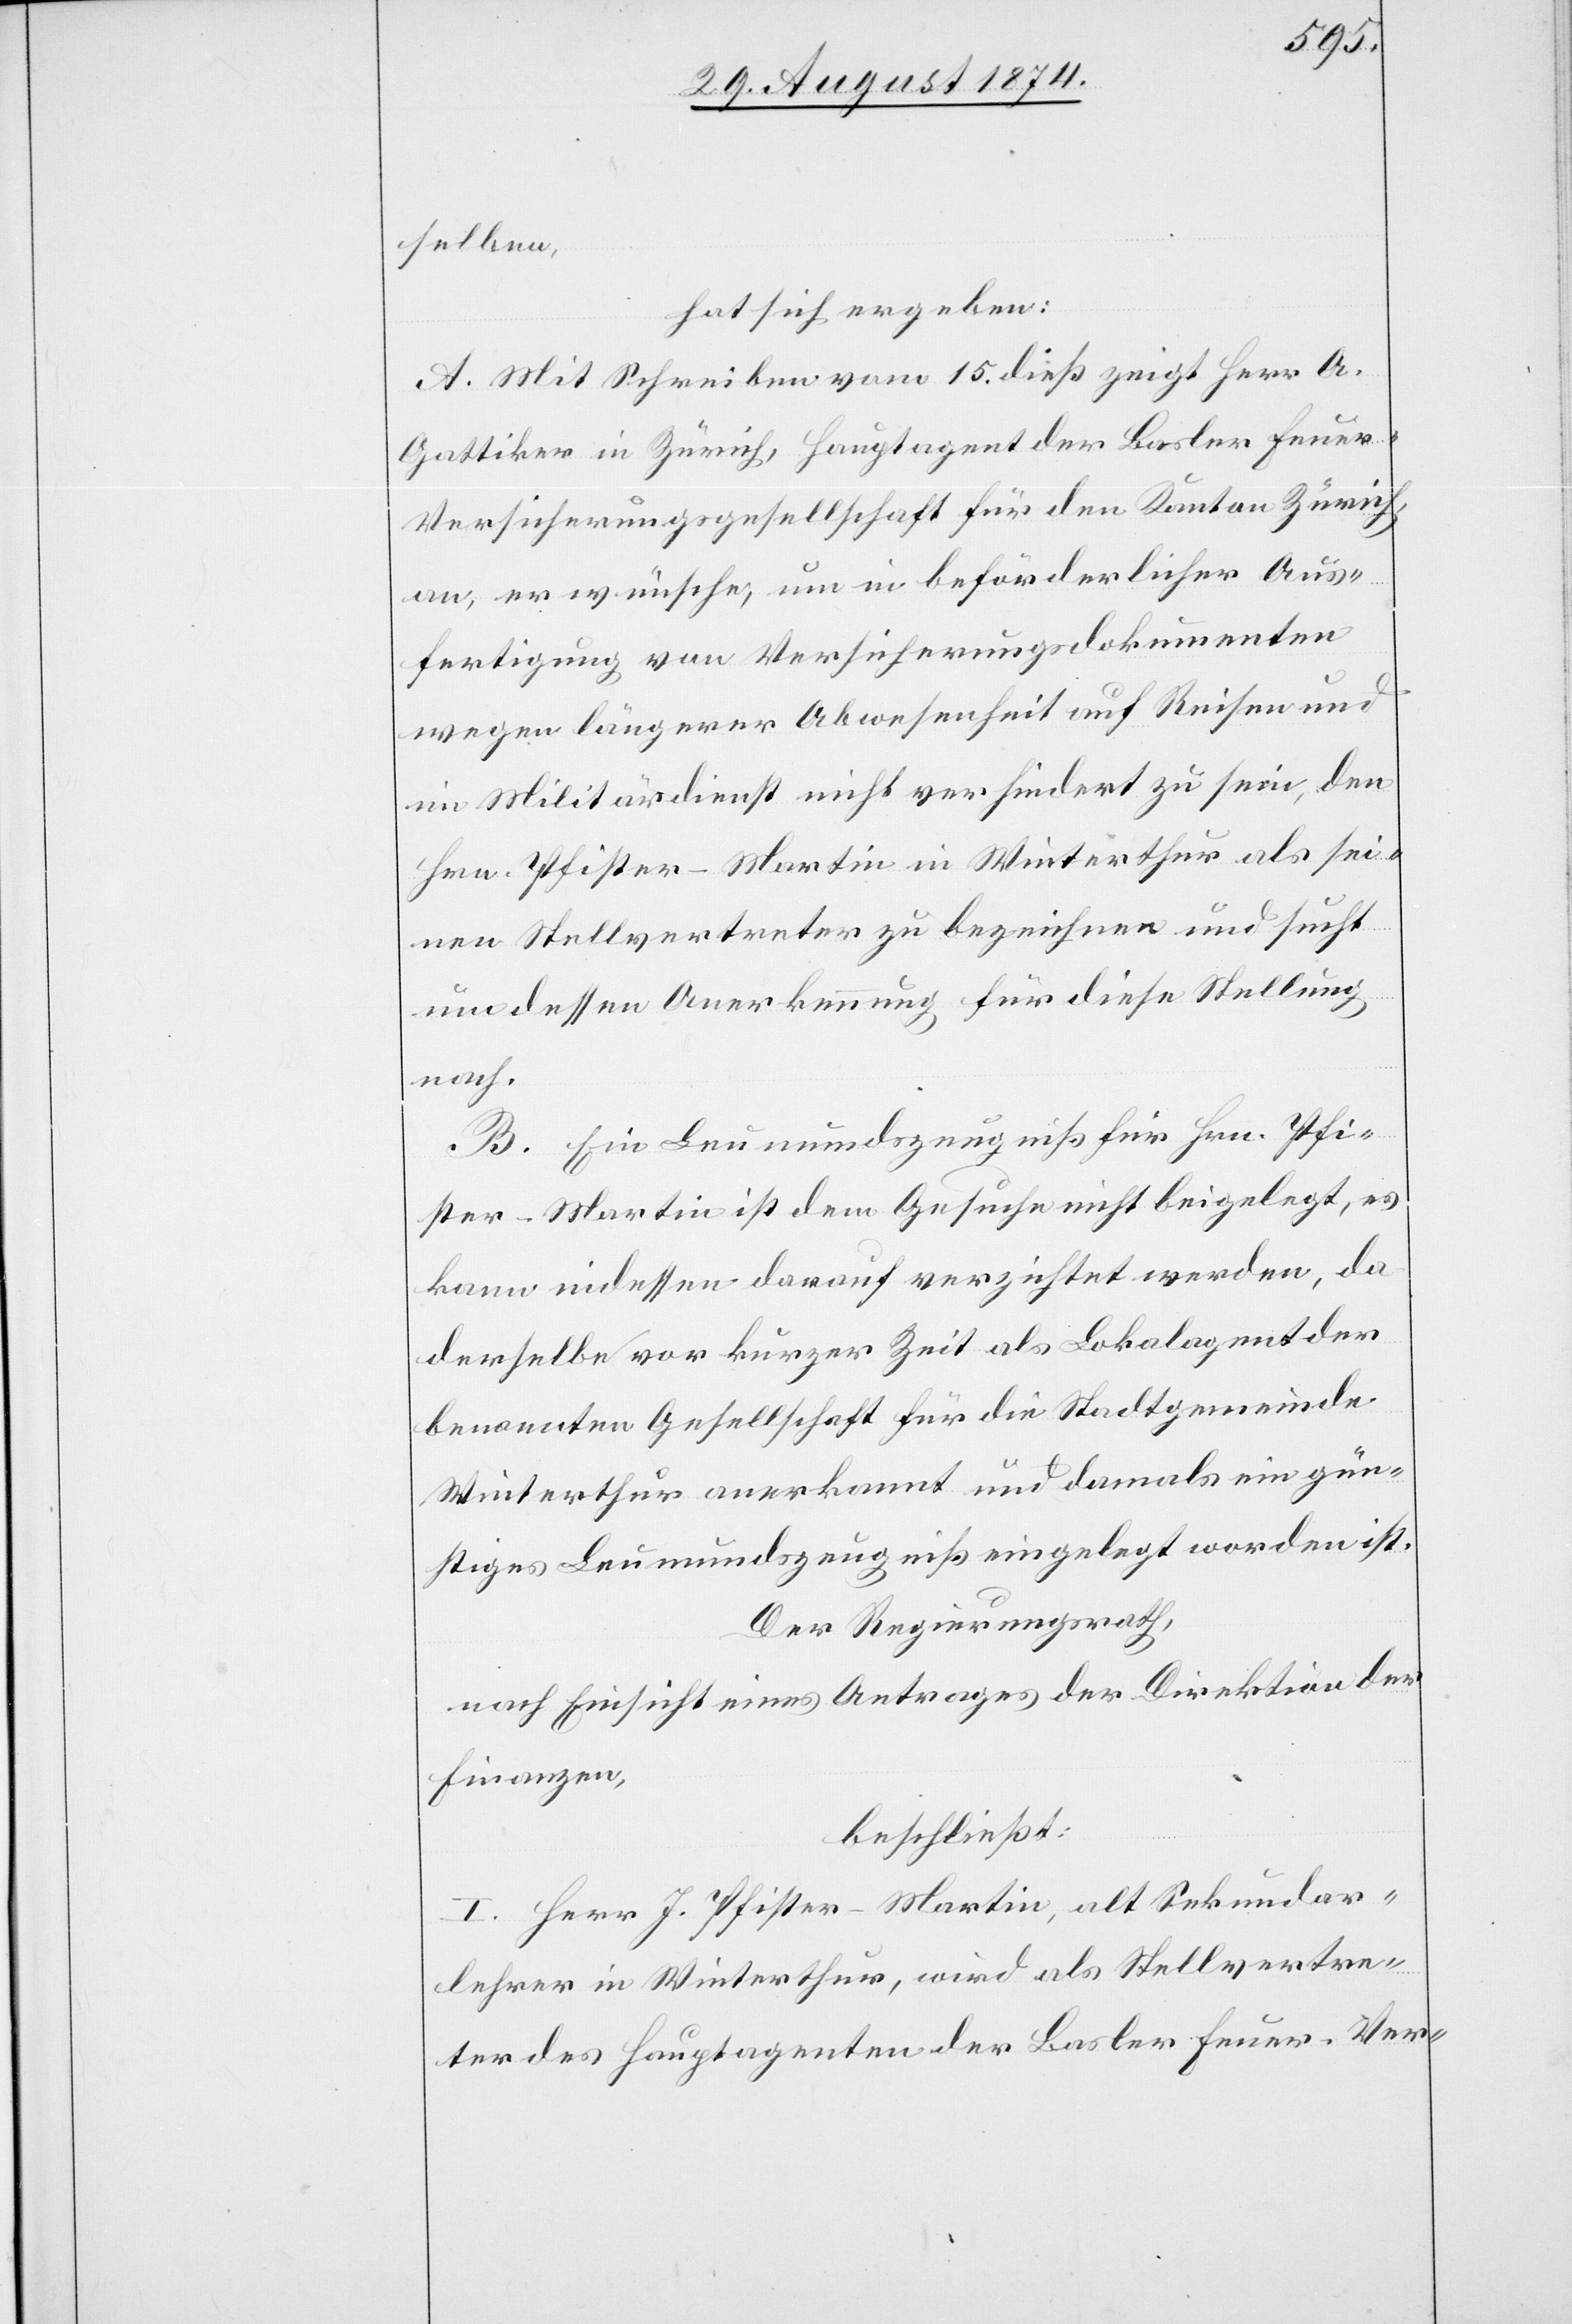
selben,
hat sich ergeben:
A. Mit Schreiben vom 15. dieß zeigt Herr A.
Gattiker in Zürich, Hauptagent der Basler Feuer-V¬
ersicherungsgesellschaft für den Kanton Zürich,
an, er wünsche, um in beförderlicher Aus¬
fertigung von Versicherungsdokumenten
wegen längerer Abwesenheit auf Reisen und
im Militärdienst nicht verhindert zu sein, den
Hrn. Pfister-Martin in Winterthur als sei¬
nen Stellvertreter zu bezeichnen und sucht
um dessen Anerkennung für diese Stellung
nach.
B. Ein Leumundszeugniß für Hrn. Pfi¬
ster-Martin ist dem Gesuche nicht beigelegt, es
kann indessen darauf verzichtet werden, da
derselbe vor kurzer Zeit als Lokalagent der
benannten Gesellschaft für die Stadtgemeinde
Winterthur anerkannt und damals ein gün¬
stiges Leumundszeugniß eingelegt worden ist.
Der Regierungsrath,
nach Einsicht eines Antrages der Direktion der
Finanzen,
beschließt:
I. Herr J. Pfister-Martin, alt Sekundar¬
lehrer in Winterthur, wird als Stellvertre¬
ter des Hauptagenten der Basler Feuer-Ver-